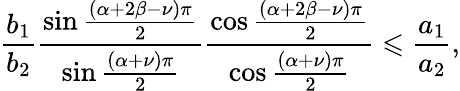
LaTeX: \frac{b_{1}}{b_{2}}\frac{\sin\frac{\left(\alpha+2\beta-\nu\right)\pi}{2}}{\sin\frac{\left(\alpha+\nu\right)\pi}{2}}\frac{\cos\frac{\left(\alpha+2\beta-\nu\right)\pi}{2}}{\cos\frac{\left(\alpha+\nu\right)\pi}{2}}\leqslant\frac{a_{1}}{a_{2}},